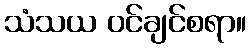
သံသယ ဝင်ချင်စရာ။